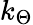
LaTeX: k_{\Theta}